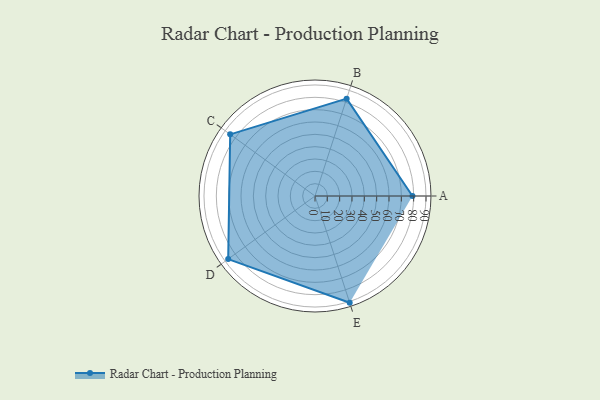
{"axis": {"x": "Skill", "y": "Score"}, "legend": ["Profile"], "data": [{"x": "A", "y": 79.0, "type": "Profile"}, {"x": "B", "y": 83.0, "type": "Profile"}, {"x": "C", "y": 85.0, "type": "Profile"}, {"x": "D", "y": 87.0, "type": "Profile"}, {"x": "E", "y": 91.0, "type": "Profile"}]}